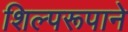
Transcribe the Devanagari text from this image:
शिल्परूपाने